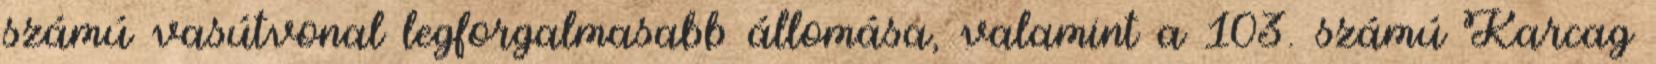
számú vasútvonal legforgalmasabb állomása, valamint a 103. számú Karcag